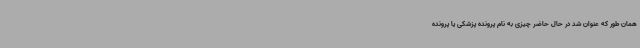
همان‌ طور که عنوان شد در حال حاضر چیزی به‌ نام پرونده پزشکی یا پرونده